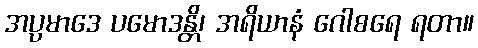
အပ္ပမာဒေ ပမောဒန္တိ၊ အရိယာနံ ဂေါစရေ ရတာ။